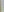
-